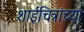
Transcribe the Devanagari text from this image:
शाईचित्रांच्या